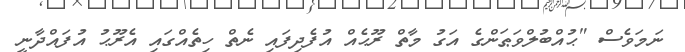
ނަމަވެސް "ޙުއްބުލްވަޠަންގެ އަގު މާތް ރޫޙެއް އުފެދިފައި ނެތް ހިތެއްގައި އެރޫޙު އުފައްދާނީ